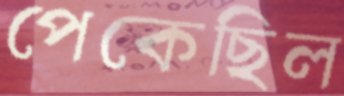
পেকেছিল